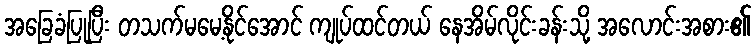
အခြေခံပြုပြီး တသက်မမေ့နိုင်အောင် ကျုပ်ထင်တယ် နေအိမ်လိုင်းခန်းသို့ အလောင်းအစား၏